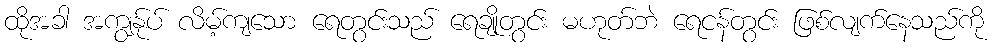
ထိုအခါ အကျွန်ုပ် လိမ့်ကျသော ရေတွင်းသည် ရေချိုတွင်း မဟုတ်ဘဲ ရေငန်တွင်း ဖြစ်လျက်နေသည်ကို